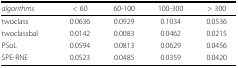
<table><thead><tr><td><b><i>algorithms</i></b></td><td><b>&lt; 60</b></td><td><b>60-100</b></td><td><b>100-300</b></td><td><b>&gt; 300</b></td></tr></thead><tbody><tr><td>twoclass</td><td>0.0636</td><td>0.0929</td><td>0.1034</td><td>0.0536</td></tr><tr><td>twoclassbal</td><td>0.0142</td><td>0.0083</td><td>0.0462</td><td>0.0215</td></tr><tr><td>PSoL</td><td>0.0594</td><td>0.0813</td><td>0.0629</td><td>0.0456</td></tr><tr><td>SPE-RNE</td><td>0.0523</td><td>0.0485</td><td>0.0359</td><td>0.0420</td></tr></tbody></table>